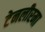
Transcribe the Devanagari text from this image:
टेनलीरमा